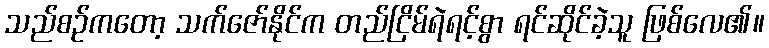
သည်စဉ်ကတော့ သက်ဇော်နိုင်က တည်ငြိမ်ရဲရင့်စွာ ရင်ဆိုင်ခဲ့သူ ဖြစ်လေ၏။